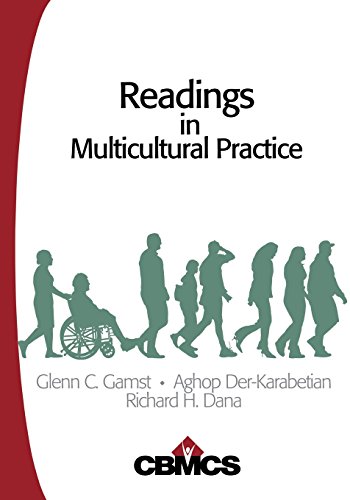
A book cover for Readings in Multicultural Practice; Medical Books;